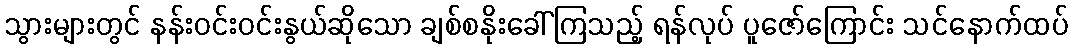
သွားများတွင် နန်းဝင်းဝင်းနွယ်ဆိုသော ချစ်စနိုးခေါ်ကြသည့် ရန်လုပ် ပူဇော်ကြောင်း သင်နောက်ထပ်